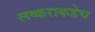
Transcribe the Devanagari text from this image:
लष्कराकडेच